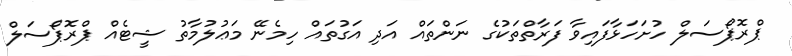
ޕްރޮޕޯސަލް ހުށަހަޅާފައިވާ ފަރާތްތަކުގެ ނަންތައް އަދި އަގުތައް ހިމެނޭ މަޢުލުމާތު ޝީޓެއް ޕްރޮޕޯސަލް